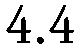
4.4